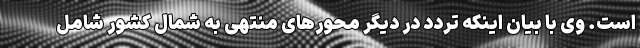
است. وی با بیان اینکه تردد در دیگر محورهای منتهی به شمال کشور شامل